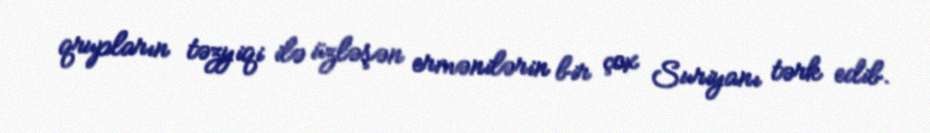
qrupların təzyiqi ilə üzləşən ermənilərin bir çox Suriyanı tərk edib.